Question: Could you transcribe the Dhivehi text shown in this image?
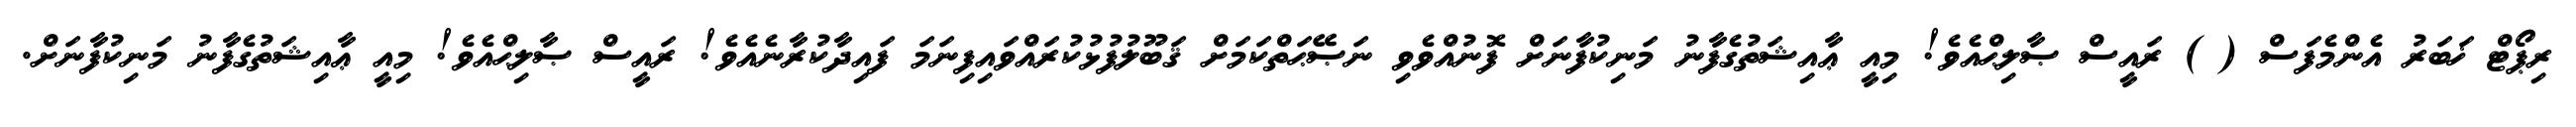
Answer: ރިޕޯޓް ޚަބަރު އެންމެފަސް ( ) ރައީސް ޞާލިޙްއެވެ! މިއީ ޢާއިޝަތުގެފާނު މަނިކުފާނަށް ފޮނުއްވެވި ނަޞޭޙަތްކަމަށް ޤަބޫލުފުޅުކުރައްވައިފިނަމަ ފައިދާކުރާނެއެވެ! ރައީސް ޞާލިޙްއެވެ! މިއީ ޢާއިޝަތުގެފާނު މަނިކުފާނަށް.